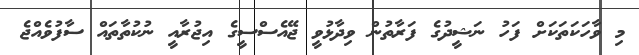
މި ވާހަކަތަކަށް ފަހު ނަޝީދުގެ ފަރާތުން ވިދާޅުވީ ޖޭއެސްސީގެ އިޖުރާއީ ނުކުތާތައް ސާފުވެއްޖެ